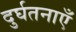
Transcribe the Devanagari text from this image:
दुर्घतनाएँ